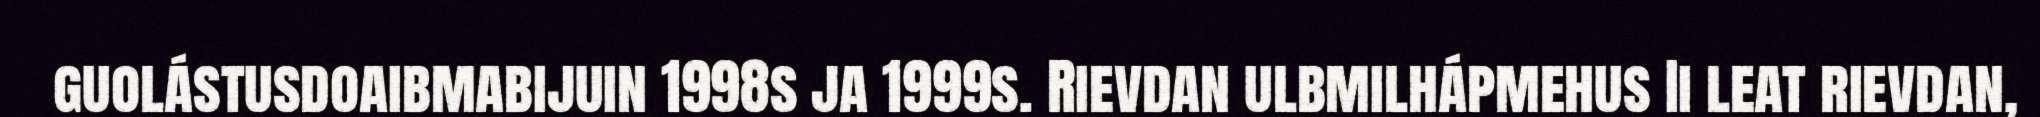
guolástusdoaibmabijuin 1998s ja 1999s. Rievdan ulbmilhápmehus Ii leat rievdan,